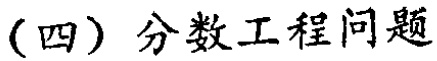
（四）分数工程问题